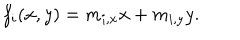
LaTeX: f _ { i } ( x , y ) = m _ { i , x } x + m _ { i , y } y .